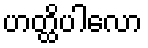
ဟတ္ထိပါလော